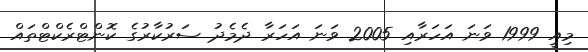
މިއީ 1999 ވަނަ އަހަރާއި 2005 ވަނަ އަހަރާ ދެމެދު ސަރުކާރުގެ ކޮންޓްރެކްޓްތައް